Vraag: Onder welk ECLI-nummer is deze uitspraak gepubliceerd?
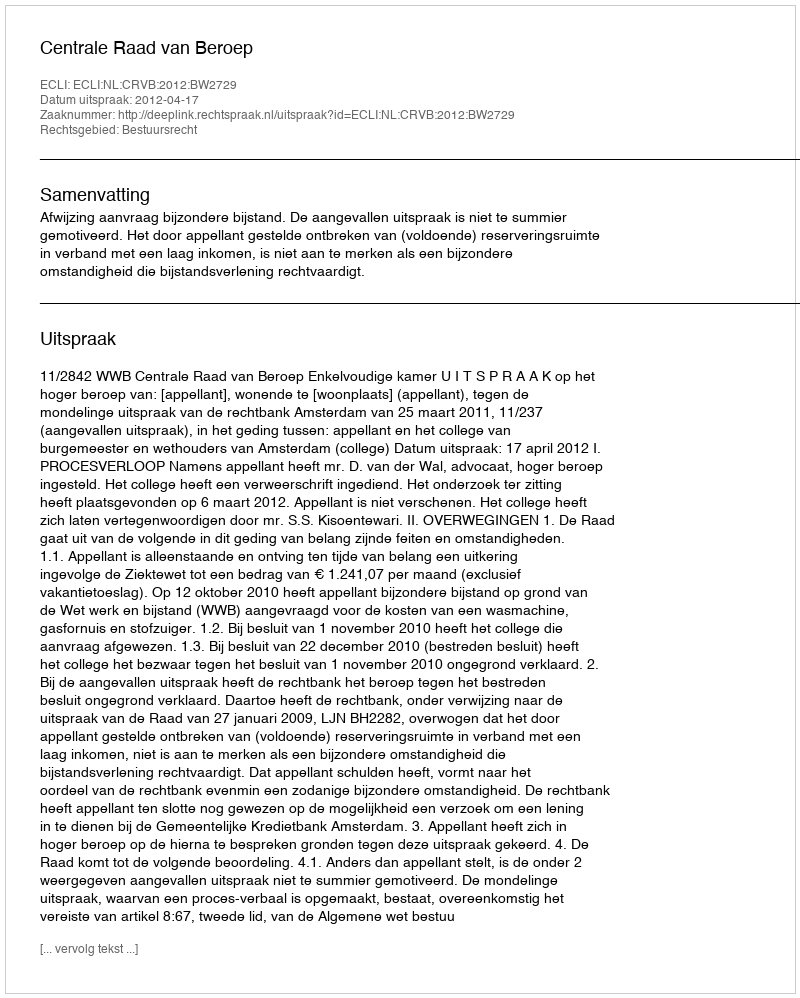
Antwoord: ECLI:NL:CRVB:2012:BW2729